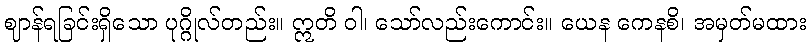
ဈာန်ရခြင်းရှိသော ပုဂ္ဂိုလ်တည်း။ ဣတိ ဝါ၊ သော်လည်းကောင်း။ ယေန ကေနစိ၊ အမှတ်မထား